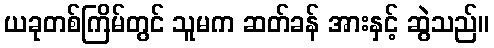
ယခုတစ်ကြိမ်တွင် သူမက ဆတ်ခန် အားနှင့် ဆွဲသည်။